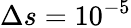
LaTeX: \Delta s=10^{-5}